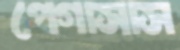
পেগাসাস